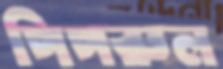
পিপরুল